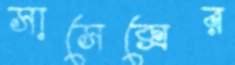
সাসেক্সের